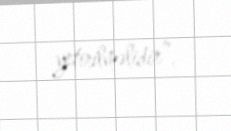
yetirilməlidir”.